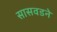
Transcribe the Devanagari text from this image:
सासवडने